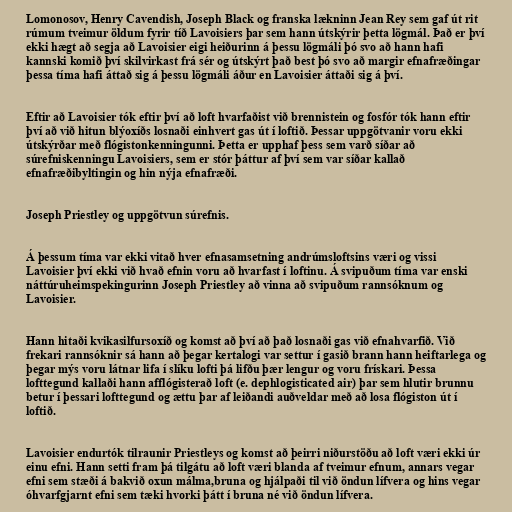
Lomonosov, Henry Cavendish, Joseph Black og franska lækninn Jean Rey sem gaf út rit
rúmum tveimur öldum fyrir tíð Lavoisiers þar sem hann útskýrir þetta lögmál. Það er því
ekki hægt að segja að Lavoisier eigi heiðurinn á þessu lögmáli þó svo að hann hafi
kannski komið því skilvirkast frá sér og útskýrt það best þó svo að margir efnafræðingar
þessa tíma hafi áttað sig á þessu lögmáli áður en Lavoisier áttaði sig á því.

Eftir að Lavoisier tók eftir því að loft hvarfaðist við brennistein og fosfór tók hann eftir
því að við hitun blýoxíðs losnaði einhvert gas út í loftið. Þessar uppgötvanir voru ekki
útskýrðar með flógistonkenningunni. Þetta er upphaf þess sem varð síðar að
súrefniskenningu Lavoisiers, sem er stór þáttur af því sem var síðar kallað
efnafræðibyltingin og hin nýja efnafræði.

Joseph Priestley og uppgötvun súrefnis.

Á þessum tíma var ekki vitað hver efnasamsetning andrúmsloftsins væri og vissi
Lavoisier því ekki við hvað efnin voru að hvarfast í loftinu. Á svipuðum tíma var enski
náttúruheimspekingurinn Joseph Priestley að vinna að svipuðum rannsóknum og
Lavoisier.

Hann hitaði kvikasilfursoxíð og komst að því að það losnaði gas við efnahvarfið. Við
frekari rannsóknir sá hann að þegar kertalogi var settur í gasið brann hann heiftarlega og
þegar mýs voru látnar lifa í slíku lofti þá lifðu þær lengur og voru frískari. Þessa
lofttegund kallaði hann afflógisterað loft (e. dephlogisticated air) þar sem hlutir brunnu
betur í þessari lofttegund og ættu þar af leiðandi auðveldar með að losa flógiston út í
loftið.

Lavoisier endurtók tilraunir Priestleys og komst að þeirri niðurstöðu að loft væri ekki úr
einu efni. Hann setti fram þá tilgátu að loft væri blanda af tveimur efnum, annars vegar
efni sem stæði á bakvið oxun málma,bruna og hjálpaði til við öndun lífvera og hins vegar
óhvarfgjarnt efni sem tæki hvorki þátt í bruna né við öndun lífvera.